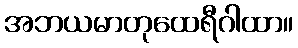
အဘယမာတုထေရီဂါထာ။